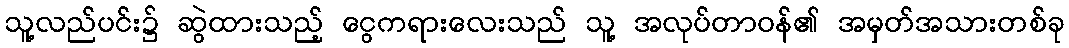
သူ့လည်ပင်း၌ ဆွဲထားသည့် ငွေကရားလေးသည် သူ့ အလုပ်တာဝန်၏ အမှတ်အသားတစ်ခု